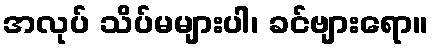
အလုပ် သိပ်မများပါ၊ ခင်ဗျားရော။